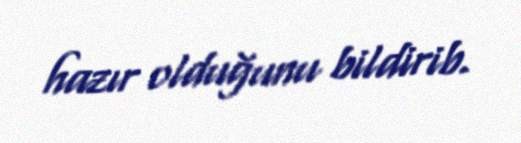
hazır olduğunu bildirib.